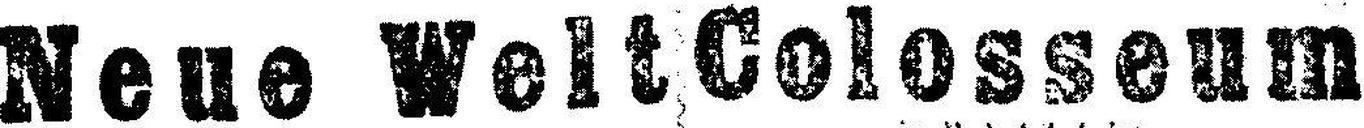
Neue Welt Colosseum